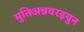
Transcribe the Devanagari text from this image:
मुतिर्अन्नवरइयुन